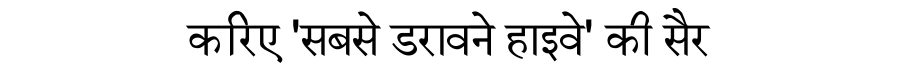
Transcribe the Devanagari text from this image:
करिए 'सबसे डरावने हाइवे' की सैर